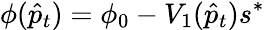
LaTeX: \phi(\hat{p}_{t})=\phi_{0}-V_{1}(\hat{p}_{t})s^{*}